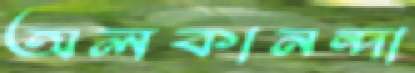
অলকানন্দা